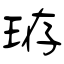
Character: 珔